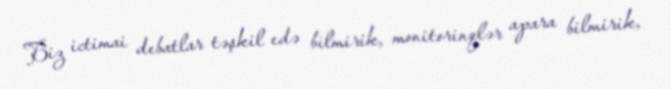
Biz ictimai debatlar təşkil edə bilmirik, monitorinqlər apara bilmirik,